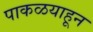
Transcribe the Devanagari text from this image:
पाकळयाहून